65_HS1-834228961_62-HQ-83894_Section_1
Agency: FBI
Page 39
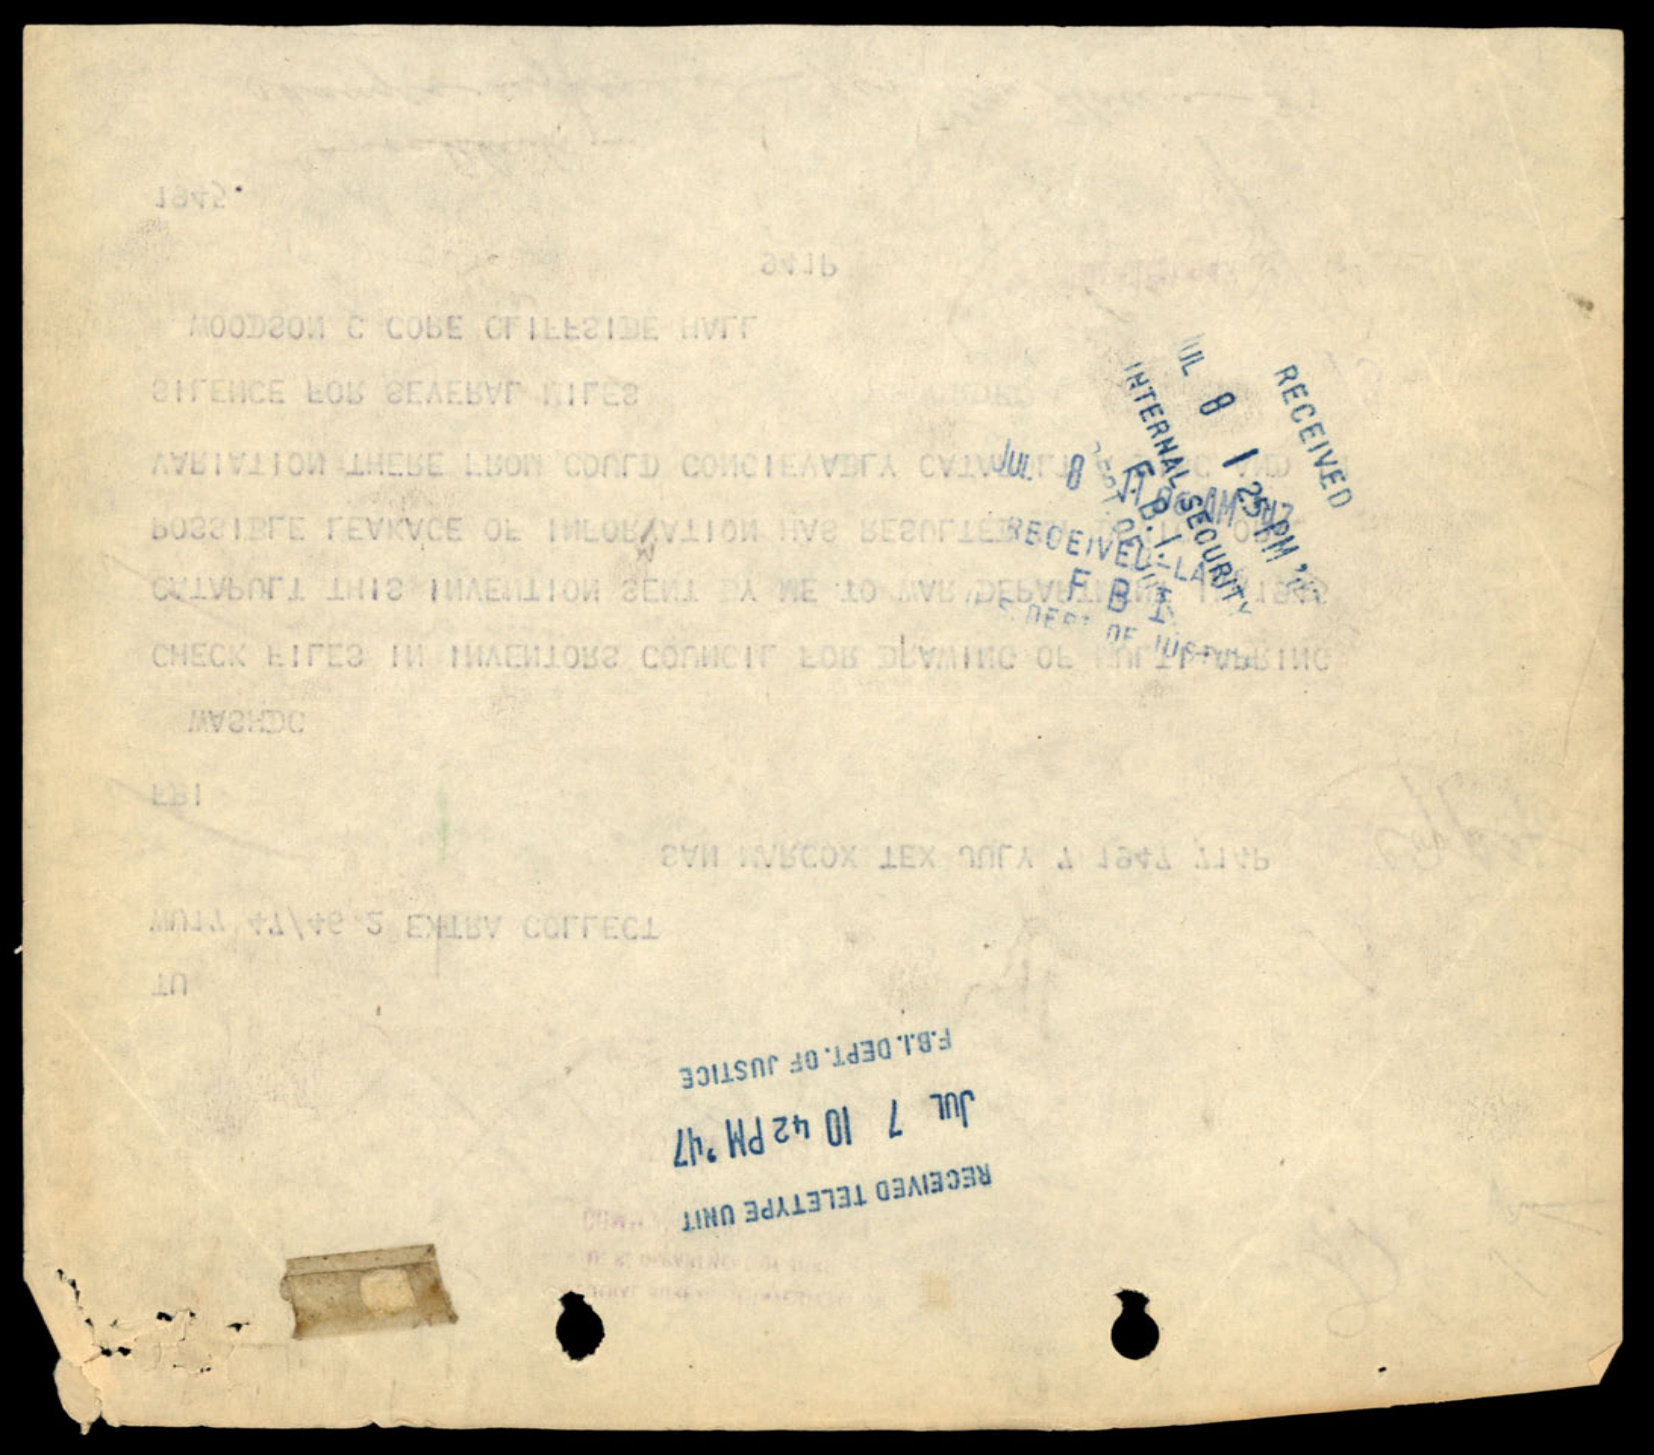